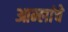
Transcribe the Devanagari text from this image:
आम्लांचे